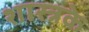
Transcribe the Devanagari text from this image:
शास्त्रके